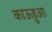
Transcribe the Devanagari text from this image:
काऊहुआ